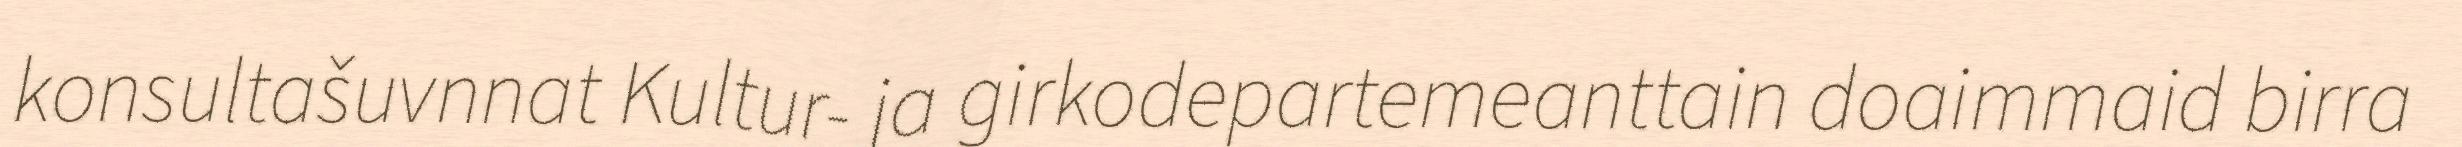
konsultašuvnnat Kultur- ja girkodepartemeanttain doaimmaid birra